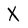
Character: X